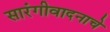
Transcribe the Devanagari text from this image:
सारंगीवादनाचे